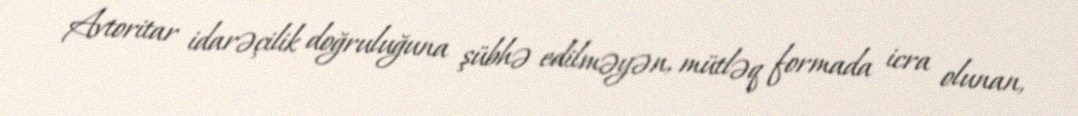
Avtoritar idarəçilik doğruluğuna şübhə edilməyən, mütləq formada icra olunan,